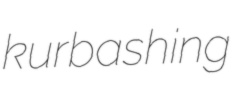
kurbashing